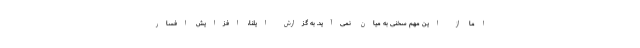
اما از این مهم سخنی به میان نمی‌آید. به گزارش ایلنا، افزایش افسار